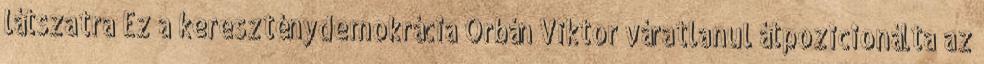
látszatra Ez a kereszténydemokrácia Orbán Viktor váratlanul átpozicionálta az